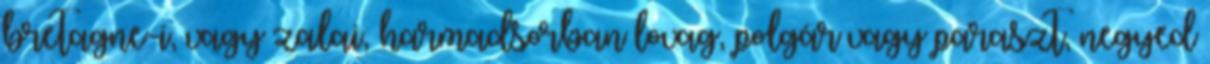
bretagne-i, vagy zalai, harmadsorban lovag, polgár vagy paraszt, negyed